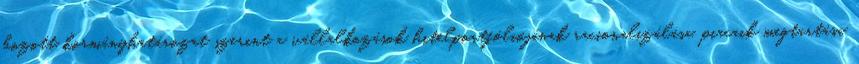
hozott kormányhatározat szerint a vállalkozások hitelportfóliójának racionalizálása, piacaik megtartása